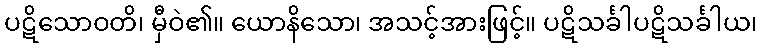
ပဋိသောဝတိ၊ မှီဝဲ၏။ ယောနိသော၊ အသင့်အားဖြင့်။ ပဋိသင်္ခါပဋိသင်္ခါယ၊